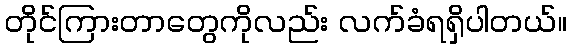
တိုင်ကြားတာတွေကိုလည်း လက်ခံရရှိပါတယ်။